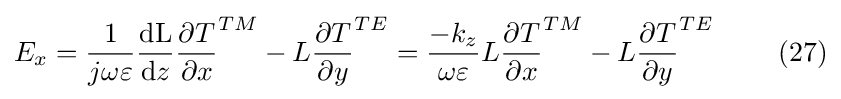
E_{x}={\frac {1}{j\omega \varepsilon }}{\frac {\mathrm {dL} }{\mathrm {d} z}}{\frac {\partial T}{\partial x}}^{TM}-L{\frac {\partial T}{\partial y}}^{TE}={\frac {-k_{z}}{\omega \varepsilon }}L{\frac {\partial T}{\partial x}}^{TM}-L{\frac {\partial T}{\partial y}}^{TE}\ \ \ \ \ \ \ (27)